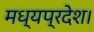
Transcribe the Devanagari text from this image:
मध्‍यप्रदेश।